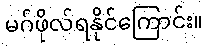
မဂ်ဖိုလ်ရနိုင်ကြောင်း။